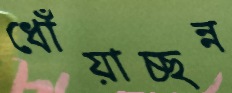
ধোঁয়াচ্ছন্ন